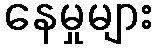
နေမှုများ